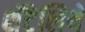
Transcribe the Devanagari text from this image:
शॅटेलिये